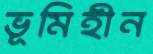
ভূমিহীন